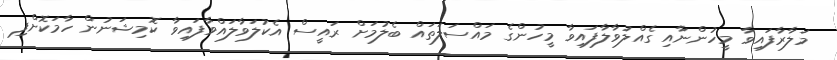
މަލާރާފައިވާ މީހުންނާއި ގެއްލުވާލާފައިވާ މީހުންގެ މައްސަލަތައް ބެލުމަށް ރައީސް އެކުލަވާލައްވާފައިވާ ކޮމިޝަނުން ހާމަކޮށްފި